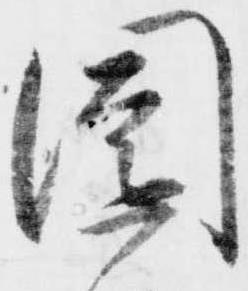
園